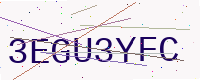
Text: 3EGU3YFC